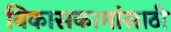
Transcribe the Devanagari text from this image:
विकासकामांसाठी